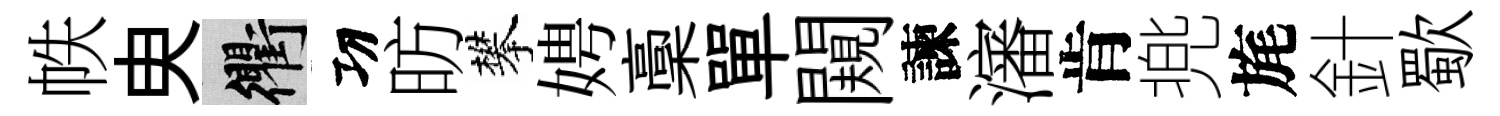
帙㬰衢㓛昉攀娉稾單闚諫瀋肯兠旄針歜